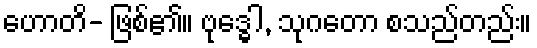
ဟောတိ- ဖြစ်၏။ ဗုဒ္ဓေါ, သုဂတော စသည်တည်း။